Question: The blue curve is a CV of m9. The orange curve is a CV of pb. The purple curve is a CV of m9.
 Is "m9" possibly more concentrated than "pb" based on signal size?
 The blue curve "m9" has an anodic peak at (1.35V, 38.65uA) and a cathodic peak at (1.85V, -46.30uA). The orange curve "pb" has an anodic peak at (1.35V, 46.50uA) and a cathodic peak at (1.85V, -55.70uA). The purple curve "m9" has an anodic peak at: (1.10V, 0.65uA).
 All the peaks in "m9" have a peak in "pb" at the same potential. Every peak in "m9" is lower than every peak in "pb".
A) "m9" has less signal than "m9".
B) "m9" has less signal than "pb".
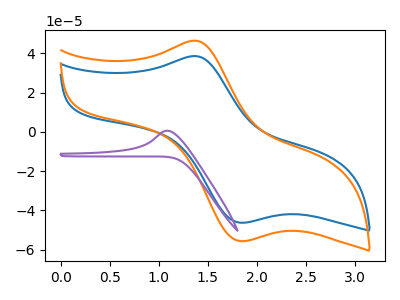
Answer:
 <answer>B) "m9" has less signal than "pb".</answer>
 <eval>B</eval>